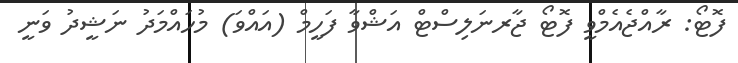
ފޮޓޯ: ރާއްޖެއެމްވީ ފޮޓޯ ޖާރނަލިސްޓް އަޝްވާ ފަހީމް (އައްވަ) މުހައްމަދު ނަޝީދު ވަނީ